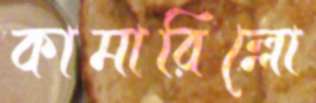
কামারিল্লো